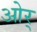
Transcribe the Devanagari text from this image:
ओर्‍